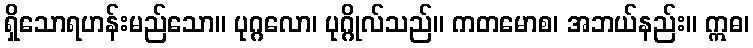
ရှိသောရဟန်းမည်သော။ ပုဂ္ဂလော၊ ပုဂ္ဂိုလ်သည်။ ကတမောစ၊ အဘယ်နည်း။ ဣဓ၊